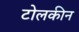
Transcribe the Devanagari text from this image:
टोलकीन